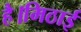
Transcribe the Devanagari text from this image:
है।मिठाई